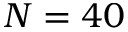
N = 4 0